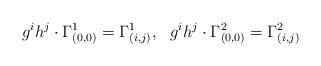
LaTeX: \begin{align*}g^ih^j\cdot\Gamma_{(0,0)}^1=\Gamma_{(i,j)}^1,\ \ g^ih^j\cdot\Gamma_{(0,0)}^2=\Gamma_{(i,j)}^2\end{align*}